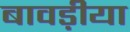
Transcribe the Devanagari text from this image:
बावड़ीया